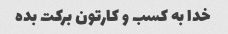
خدا به کسب و کارتون برکت بده